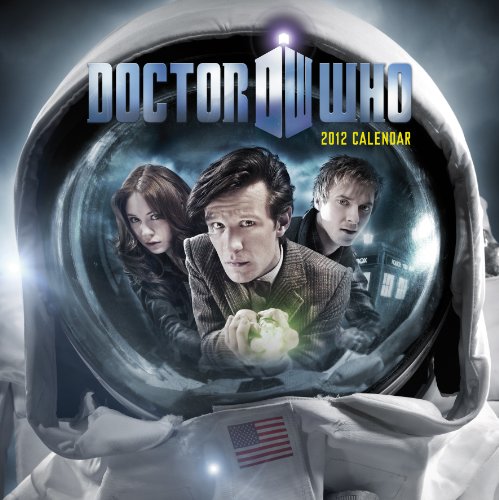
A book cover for Official Dr Who Calendar 2012; Calendars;